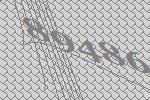
89486